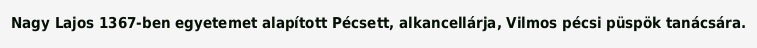
Nagy Lajos 1367-ben egyetemet alapított Pécsett, alkancellárja, Vilmos pécsi püspök tanácsára.